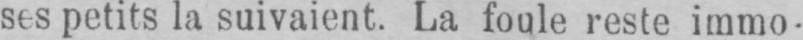
ses petits la suivaient. La foule reste immo-